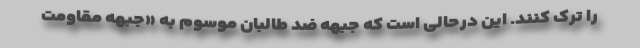
را ترک کنند. این درحالی است که جبهه ضد طالبان موسوم به «جبهه مقاومت